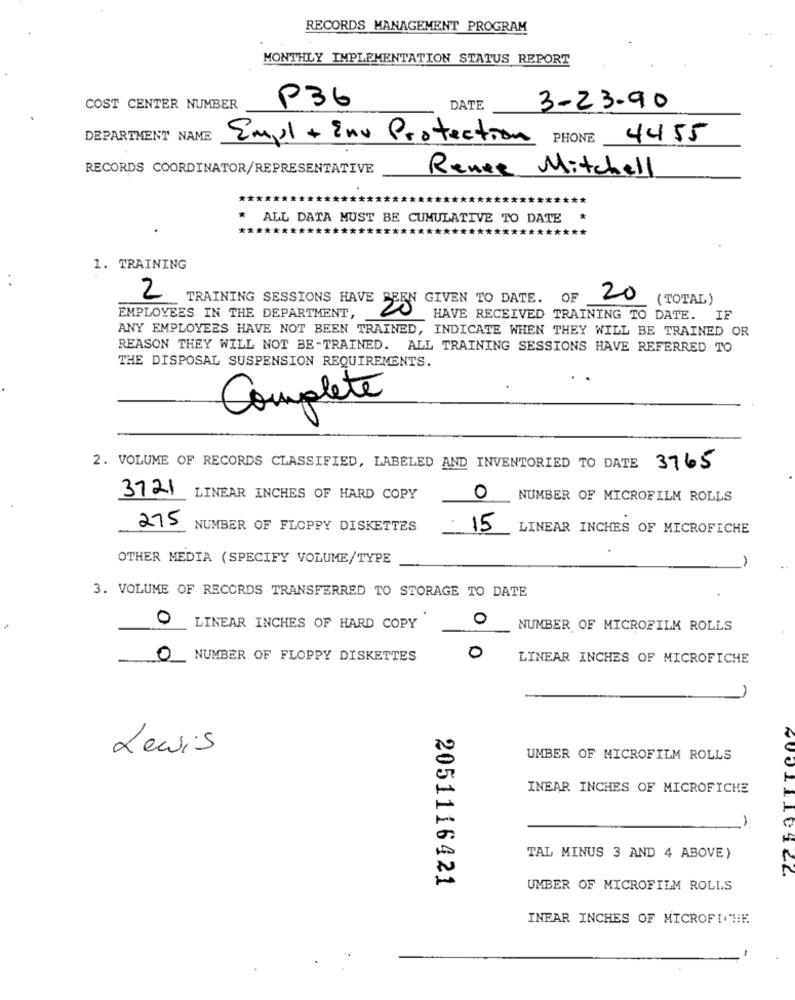
RECORDS MANAGEMENT PROGRAM
MONTHLY IMPLEMENTATION STATUS REPORT
P36
COST CENTER NUMBER
DATE
3-23-90
DEPARTMENT NAME
Empl + Env Protection PHONE
4455
RECORDS COORDINATOR/REPRESENTATIVE
Renee Mitchell
ALL DATA MUST BE CUMULATIVE TO DATE
1. TRAINING
2
TRAINING SESSIONS HAVE
EN GIVEN TO DATE. OF
20
( TOTAL )
EMPLOYEES IN THE DEPARTMENT,
HAVE RECEIVED TRAINING TO DATE. IF
ANY EMPLOYEES HAVE NOT BEEN TRAINED, INDICATE WHEN THEY WILL BE TRAINED OR
REASON THEY WILL NOT BE-TRAINED. ALL TRAINING SESSIONS HAVE REFERRED TO
THE DISPOSAL SUSPENSION REQUIREMENTS.
Complete
2. VOLUME OF RECORDS CLASSIFIED, LABELED AND INVENTORIED TO DATE 3765
3721
LINEAR INCHES OF HARD COPY
0
NUMBER OF MICROFILM ROLLS
275
NUMBER OF FLOPPY DISKETTES
15
LINEAR INCHES OF MICROFICHE
OTHER MEDIA (SPECIFY VOLUME/TYPE
-
3. VOLUME OF RECORDS TRANSFERRED TO STORAGE TO DATE
0
0
LINEAR INCHES OF HARD COPY
NUMBER OF MICROFILM ROLLS
0
NUMBER OF FLOPPY DISKETTES
0
LINEAR INCHES OF MICROFICHE
Lewis
UMBER OF MICROFILM ROLLS
INEAR INCHES OF MICROFICHE
TAL MINUS 3 AND 4 ABOVE)
2051116421
UMBER OF MICROFILM ROLLS
INEAR INCHES OF MICROFI."HE